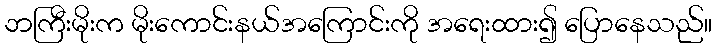
ဘကြီးမိုးက မိုးကောင်းနယ်အကြောင်းကို အရေးထား၍ ပြောနေသည်။